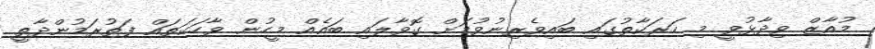
މުއާޒް ވިދާޅުވީ މި ހަރަކާތުގައި ބައިވެރިނުވުމަށް ގޮވާލައި ބައެއް މީހުން ވާހަކަތައް ފަތުރަމުންދާތީ